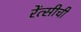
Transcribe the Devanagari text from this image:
रेंत्सीची